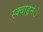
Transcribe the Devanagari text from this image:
स्क्वाड्रनंे